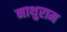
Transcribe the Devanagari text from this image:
नाथुराम